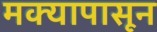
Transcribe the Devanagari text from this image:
मक्यापासून